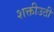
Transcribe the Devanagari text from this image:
शक्तीउठी